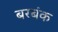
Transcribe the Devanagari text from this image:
बरबंक